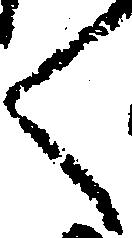
く